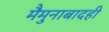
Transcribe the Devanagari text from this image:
मैमुनाबादही